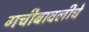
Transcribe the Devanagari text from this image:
गचीबावलीचे